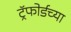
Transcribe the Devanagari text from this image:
ट्रॅफोर्डच्या